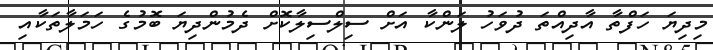
މިދިޔަ ހަފްތާ އާދިއްތަ ދުވަހު ލަންކާ އަށް ސިލްސިލާކޮށް ދެމުންދިޔަ ބޮމުގެ ހަމަލާތަކާއި